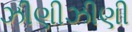
ઝીણીઝીણી